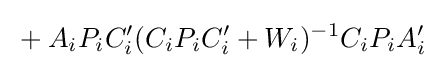
{}+A_{i}P_{i}C'_{i}(C_{i}P_{i}C'_{i}+W_{i})^{-1}C_{i}P_{i}A'_{i}